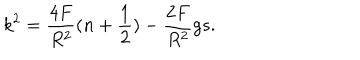
LaTeX: k ^ { 2 } = \frac { 4 F } { R ^ { 2 } } ( n + \frac { 1 } { 2 } ) - \frac { 2 F } { R ^ { 2 } } g s .